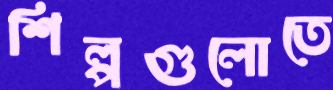
শিল্পগুলোতে